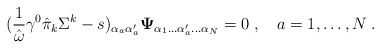
\begin{align*}({1\over\hat{\omega}}\gamma^0\hat{\pi}_k\Sigma^k-s)_{\alpha_a\alpha^\prime_a}{\bf\Psi}_{\alpha_1\ldots\alpha^\prime_a\ldots\alpha_N}=0\;,\quad a=1,\ldots,N\;.\end{align*}